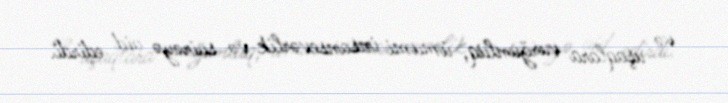
və uşaqlara vurğunluq, ümumi insansevərlik və sairəyə aid edirdi.